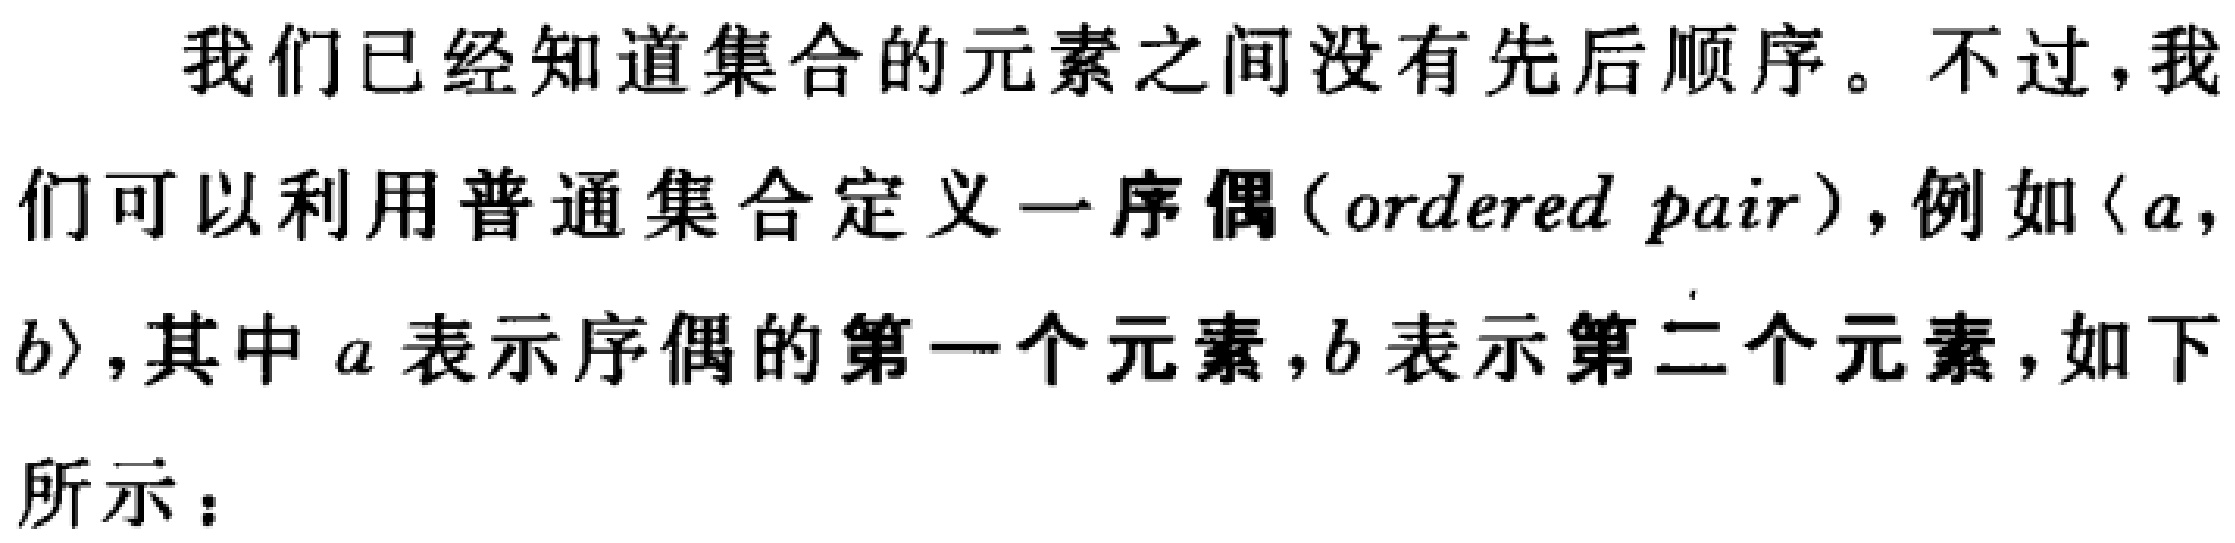
我们已经知道集合的元素之间没有先后顺序。不过，我们可以利用普通集合定义一序偶（ordered pair），例如$\langle a, b\rangle$，其中$a$表示序偶的第一个元素，$b$表示第二个元素，如下所示：